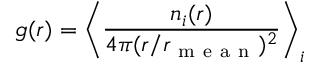
g ( r ) = \left\langle \frac { n _ { i } ( r ) } { 4 \pi ( r / r _ { \mathrm { ~ m ~ e ~ a ~ n ~ } } ) ^ { 2 } } \right\rangle _ { i }